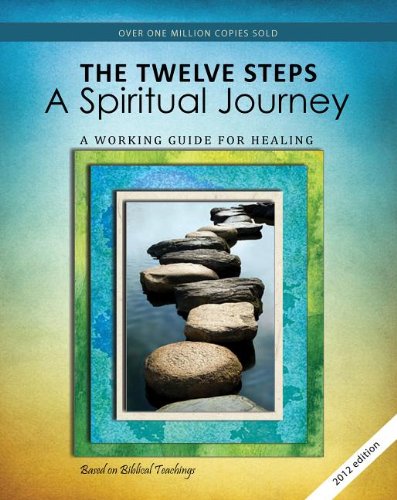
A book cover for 12 Steps: A Spiritual Journey (Tools for Recovery); Friends in Recovery; Health, Fitness & Dieting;